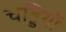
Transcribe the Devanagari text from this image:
चड्डियों